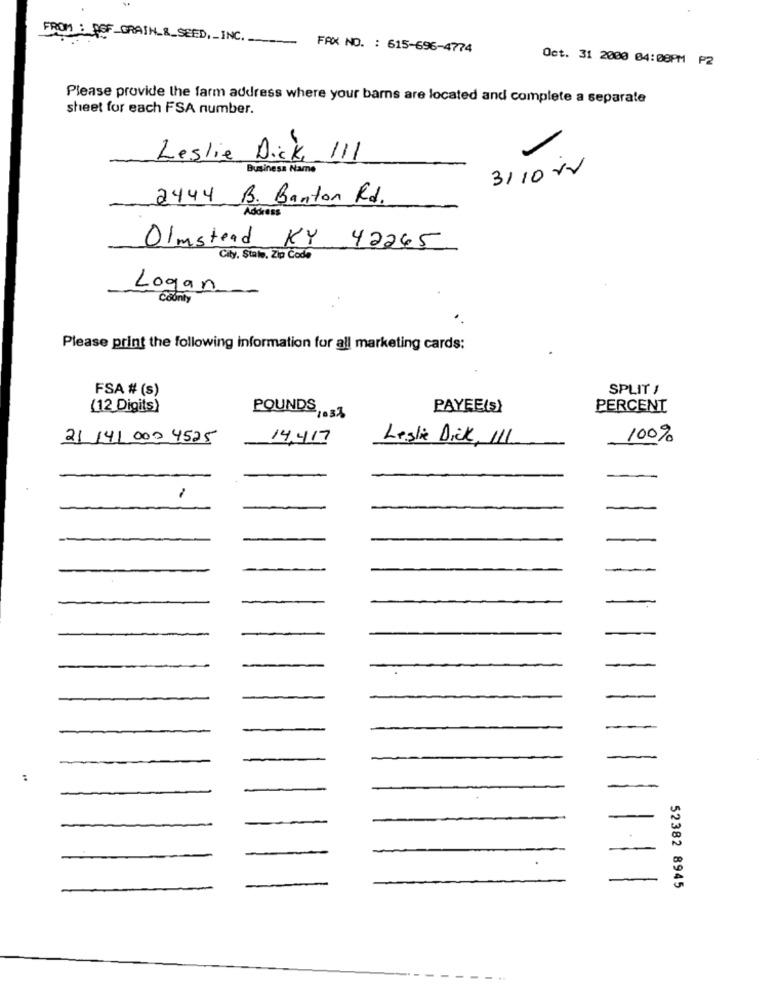
FROM : POF_GRAIN_&_SEED, INC.
FAXX NO. : 615-696-4774
Oct. 31 2000 04:08PM P2
Please provide the farm address where your barns are located and complete a separate
sheet for each FSA number.
Leslie Dick, 111
Business Name
3/10 x2
2444 B. Banton Rd.
Address
Olmstead KY
42245
City, State. Zip Code
Logan
--
County
Please print the following information for all marketing cards:
FSA # (s)
SPLIT ,
(12 Digits)
PAYEE(s)
PERCENT
POUNDS1.54
21 141 000 4525
14,417
Leslie Dick, 111
100%
-
1
52382 8945